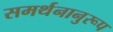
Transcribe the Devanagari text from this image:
समर्थनानुरूप